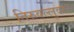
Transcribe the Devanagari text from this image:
तिरुवल्लुवर।